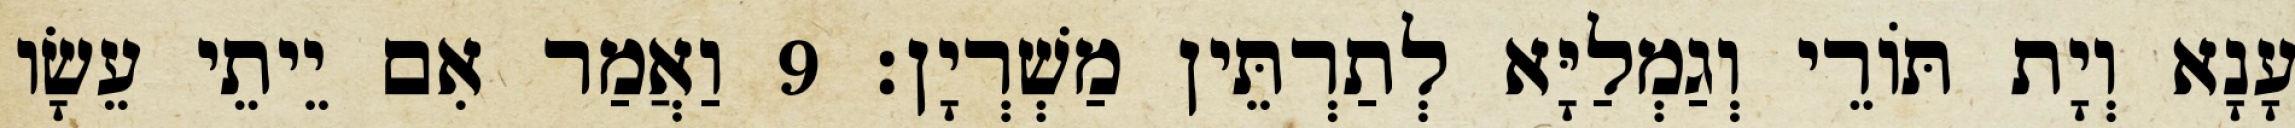
עָנָא וְיָת תּוֹרֵי וְגַמְלַיָּא לְתַרְתֵּין מַשְׁרְיָן׃ 9 וַאֲמַר אִם יֵיתֵי עֵשָׂו